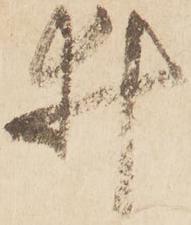
井